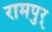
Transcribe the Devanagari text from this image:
रामपुर्